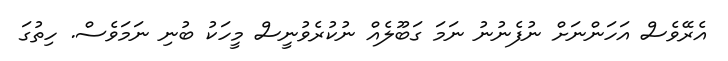
އެރޭވެސް އަހަންނަށް ނުފެނުނު ނަމަ ގަބޫލެއް ނުކުރެވުނީސް މީހަކު ބުނި ނަމަވެސް. ހިތުގަ